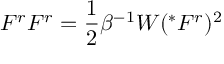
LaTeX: F ^ { r } F ^ { r } = \frac { 1 } { 2 } \beta ^ { - 1 } W ( ^ { * } F ^ { r } ) ^ { 2 }